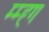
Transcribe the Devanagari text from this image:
म्म्ह्ग